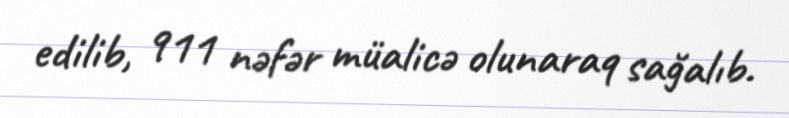
edilib, 911 nəfər müalicə olunaraq sağalıb.